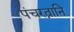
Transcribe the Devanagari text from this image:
पंचरत्नानि